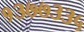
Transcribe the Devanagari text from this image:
१३७७३३५